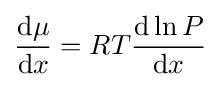
{\frac {\mathrm {d} \mu }{\mathrm {d} x}}=RT{\frac {\mathrm {d} \ln P}{\mathrm {d} x}}